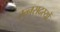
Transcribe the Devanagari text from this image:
रत्नसदस्यों